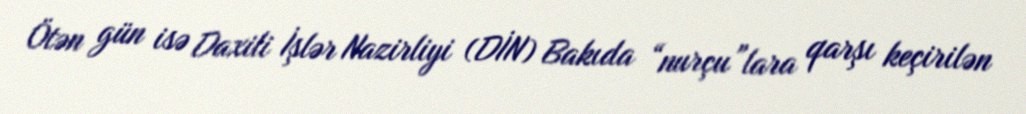
Ötən gün isə Daxili İşlər Nazirliyi (DİN) Bakıda “nurçu”lara qarşı keçirilən